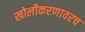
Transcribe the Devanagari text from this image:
खोलीकरणावरच